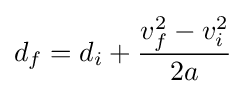
d_{f}=d_{i}+{\frac {v_{f}^{2}-v_{i}^{2}}{2a}}